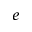
e